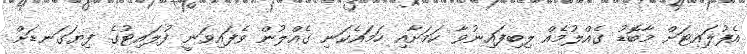
އެފުލައިޓަށް މާބޮޑު ގެއްލުމެއް ލިބިފައިނުވާ ކަމަށާއި ހަމައެކަނި ގެއްލުން ވެފައިވަނީ ފުލައިޓުގެ ފިޔަގަނޑަށް